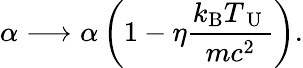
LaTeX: \alpha\longrightarrow\alpha\left(1-\eta\frac{k_{\mathrm{B}}T_{\mathrm{~U~}}}{mc^{2}}\right).